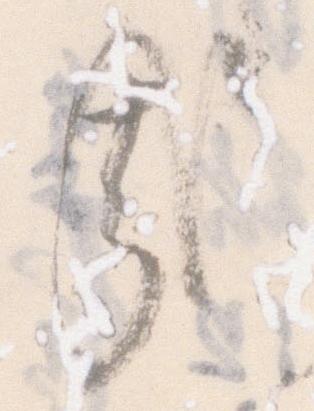
哉